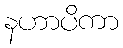
နဟာပိကာ